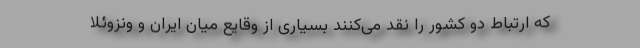
که ارتباط دو کشور را نقد می‌کنند بسیاری از وقایع میان ایران و ونزوئلا